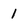
Character: 1